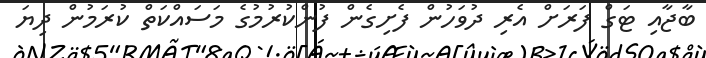
ބާޖާއި ޓަގް ފަރަށް އެރި ދުވަހުން ފެށިގެން ފުންކުރުމުގެ މަސައްކަތް ކުރަމުން ދިޔަ